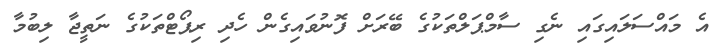
އެ މައްސަލައިގައި ނެގި ސާމްޕަލްތަކުގެ ބޭރަށް ފޮނުވައިގެން ހެދި ރިޕޯޓްތަކުގެ ނަތީޖާ ލިބުމާ